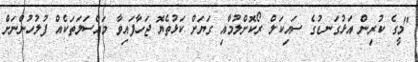
"މީގެ ކުރިން އަޅުގަނޑުގެ ސައިކަލް ރޯކޮށްލުމާއި ގަޔަށް ކަޅުތެޔޮ ޖަހާފައިވާ މައްސަލަތަކެއް ފުލުހުންނަށް